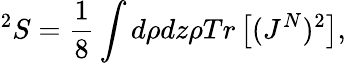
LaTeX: ^2S=\frac{1}{8}\int d\rho dz\rho Tr\left[(J^{N})^{2}\right],